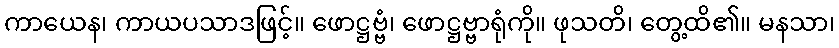
ကာယေန၊ ကာယပသာဒဖြင့်။ ဖောဋ္ဌဗ္ဗံ၊ ဖောဋ္ဌဗ္ဗာရုံကို။ ဖုသတိ၊ တွေ့ထိ၏။ မနသာ၊